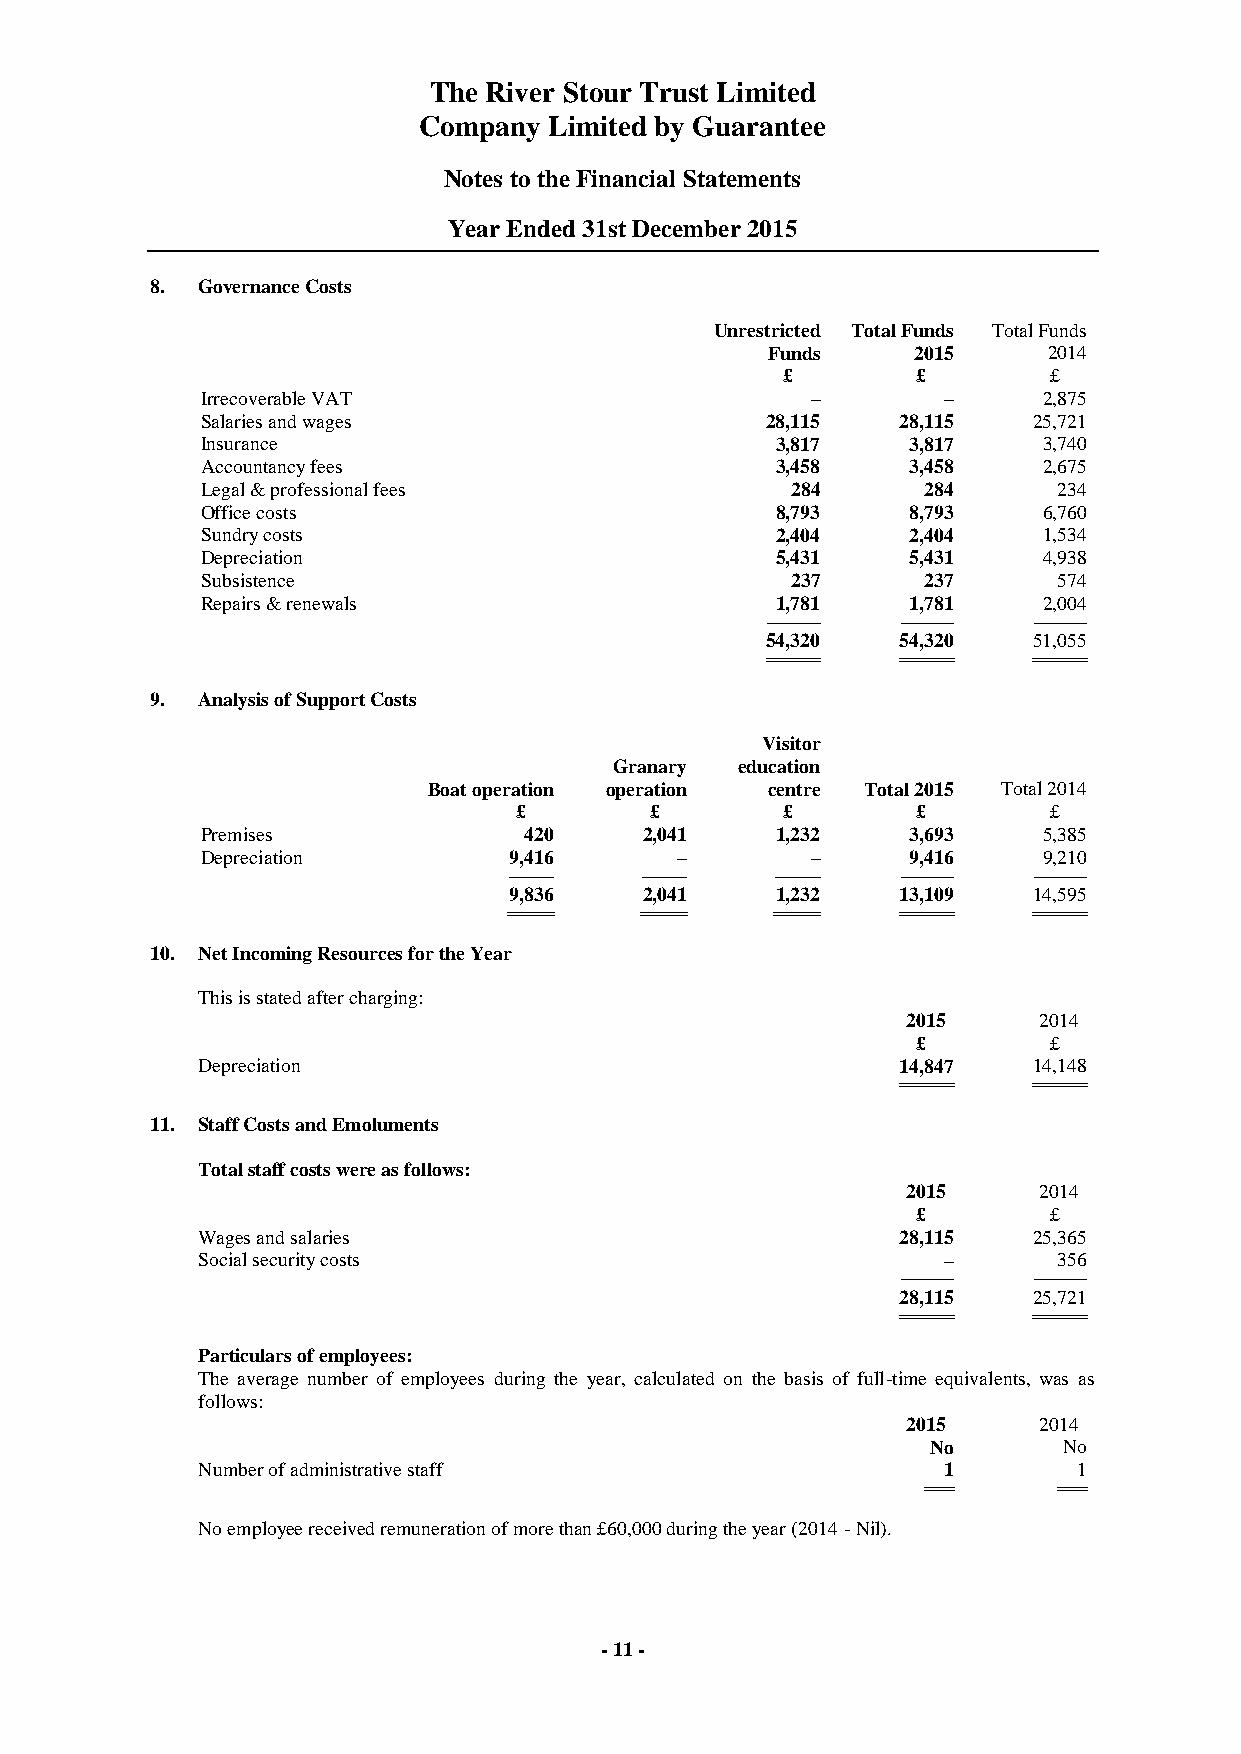
The River Stour Trust Limited
 Company Limited by Guarantee
 Notes to the Financial Statements
 Year Ended 31st December 2015
 8. Governance Costs
 Unrestricted Total Funds Total Funds
 Funds    2015     2014
 £        £       £
 Irrecoverable VAT                        –       –      2,875
 Salaries and wages                    28,115  28,115   25,721
 Insurance                             3,817    3,817    3,740
 Accountancy fees                      3,458    3,458    2,675
 Legal & professional fees              284      284      234
 Office costs                          8,793    8,793    6,760
 Sundry costs                          2,404    2,404    1,534
 Depreciation                          5,431    5,431    4,938
 Subsistence                            237      237      574
 Repairs & renewals                    1,781    1,781    2,004
 -------------------------- -------------------------- --------------------------
 54,320  54,320   51,055
 ========================== ========================== ==========================
 9. Analysis of Support Costs
 Visitor
 Granary education
 Boat operation operation centre Total 2015 Total 2014
 £        £        £        £       £
 Premises              420     2,041   1,232    3,693    5,385
 Depreciation         9,416      –        –     9,416    9,210
 ---------------------- ---------------------- ---------------------- -------------------------- --------------------------
 9,836    2,041   1,232   13,109   14,595
 ====================== ====================== ====================== ========================== ==========================
 10. Net Incoming Resources for the Year
 This is stated after charging:
 2015     2014
 £       £
 Depreciation                                  14,847   14,148
 ========================== ==========================
 11. Staff Costs and Emoluments
 Total staff costs were as follows:
 2015     2014
 £       £
 Wages and salaries                            28,115   25,365
 Social security costs                            –       356
 -------------------------- --------------------------
 28,115   25,721
 ========================== ==========================
 Particulars of employees:
 The average number of employees during the year, calculated on the basis of full-time equivalents, was as
 follows:
 2015     2014
 No      No
 Number of administrative staff                   1        1
 ============= =============
 No employee received remuneration of more than £60,000 during the year (2014 - Nil).
 - 11 -